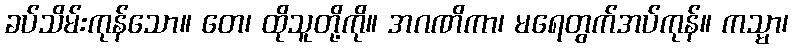
ခပ်သိမ်းကုန်သော။ တေ၊ ထိုသူတို့ကို။ အဂဏိကာ၊ မရေတွက်အပ်ကုန်။ ကသ္မာ၊